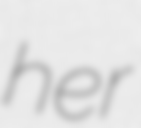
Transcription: her